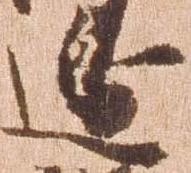
辺